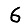
Digit: 6